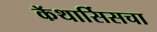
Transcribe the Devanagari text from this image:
कॅथार्सिसचा